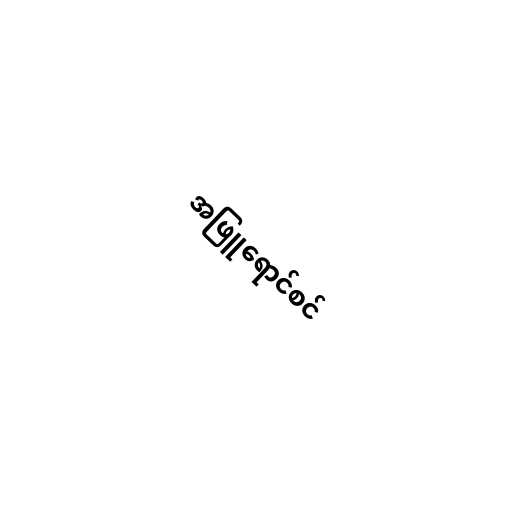
အဖြူရောင်စင်